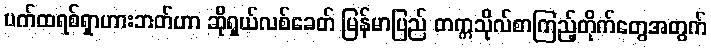
ပက်ထရစ်ရှာဟားဘတ်ဟာ ဆိုရှယ်လစ်ခေတ် မြန်မာပြည် တက္ကသိုလ်စာကြည့်တိုက်တွေအတွက်